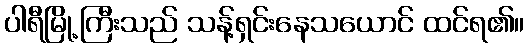
ပါရီမြို့ကြီးသည် သန့်ရှင်းနေသယောင် ထင်ရ၏။